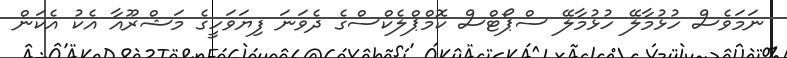
ނަމަވެސް ހުޅުމާލޭ ހުޅުމާލޭ ސްޕޯޓްސް ކޮމްޕްލެކްސްގެ ދެވަނަ ފިޔަވަހީގެ މަޝްރޫއާ އެކު އެކަން